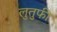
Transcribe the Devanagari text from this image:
लुतुफी